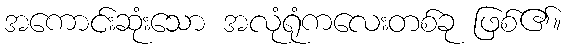
အကောင်းဆုံးသော အလုံရုံကလေးတစ်ခု ဖြစ်၏။